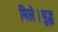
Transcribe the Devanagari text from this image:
मिले।युद्ध